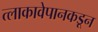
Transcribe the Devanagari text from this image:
त्लाकावेपानकडून